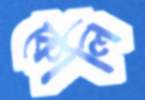
কোলি